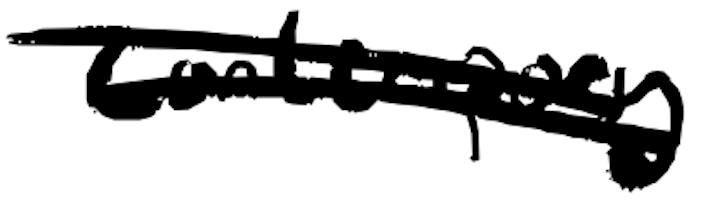
Text: contemporary
Cross-out: mix
Writing tool: digital_black